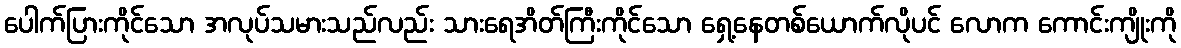
ပေါက်ပြားကိုင်သော အလုပ်သမားသည်လည်း သားရေအိတ်ကြီးကိုင်သော ရှေ့နေတစ်ယောက်လိုပင် လောက ကောင်းကျိုးကို